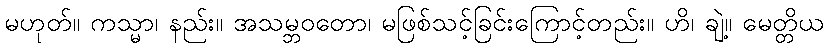
မဟုတ်။ ကသ္မာ၊ နည်း။ အသမ္ဘဝတော၊ မဖြစ်သင့်ခြင်းကြောင့်တည်း။ ဟိ၊ ချဲ့။ မေတ္တိယ